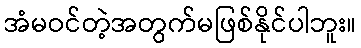
အံမဝင်တဲ့အတွက်မဖြစ်နိုင်ပါဘူး။